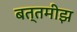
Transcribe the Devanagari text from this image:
बत्तमीझ